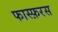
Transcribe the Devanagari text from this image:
फास्फ़रस